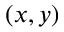
( x , y )